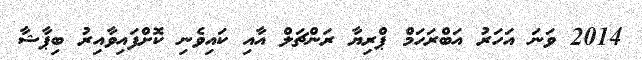
2014 ވަނަ އަހަރު އަބްރަހަމް ޕްރިޔާ ރަންޗަލް އާއި ކައިވެނި ކޮށްފައިވާއިރު ބިޕާޝާ